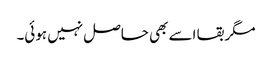
مگر بقا اسے بھی حاصل نہیں ہوئی۔